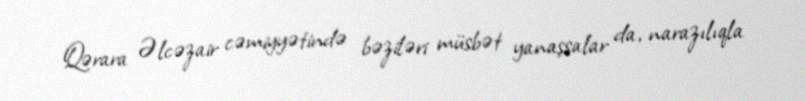
Qərara Əlcəzair cəmiyyətində bəziləri müsbət yanaşsalar da, narazılıqla